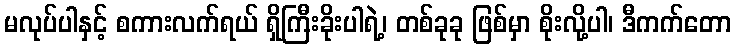
မလုပ်ပါနှင့် စကားလက်ရယ် ရှိကြီးခိုးပါရဲ့၊ တစ်ခုခု ဖြစ်မှာ စိုးလို့ပါ၊ ဒီကက်တော